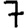
Digit: 7